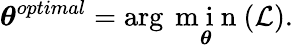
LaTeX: \boldsymbol{\theta}^{optimal}=\arg\underset{\boldsymbol{\theta}}{\mathrm{~m~i~n~}}{(\mathcal{L})}.